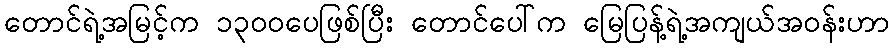
တောင်ရဲ့အမြင့်က ၁၃၀၀ပေဖြစ်ပြီး တောင်ပေါ်က မြေပြန့်ရဲ့အကျယ်အဝန်းဟာ